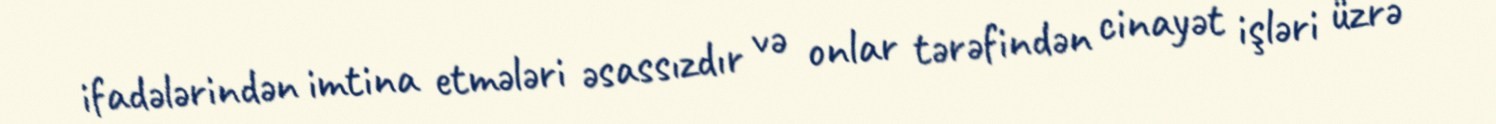
ifadələrindən imtina etmələri əsassızdır və onlar tərəfindən cinayət işləri üzrə